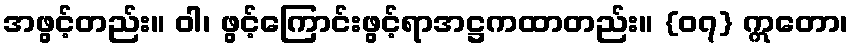
အဖွင့်တည်း။ ဝါ၊ ဖွင့်ကြောင်းဖွင့်ရာအဋ္ဌကထာတည်း။ {၀၇} ဣတော၊